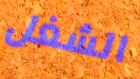
الشغل